Report of the Hyderabad Chloroform Commission
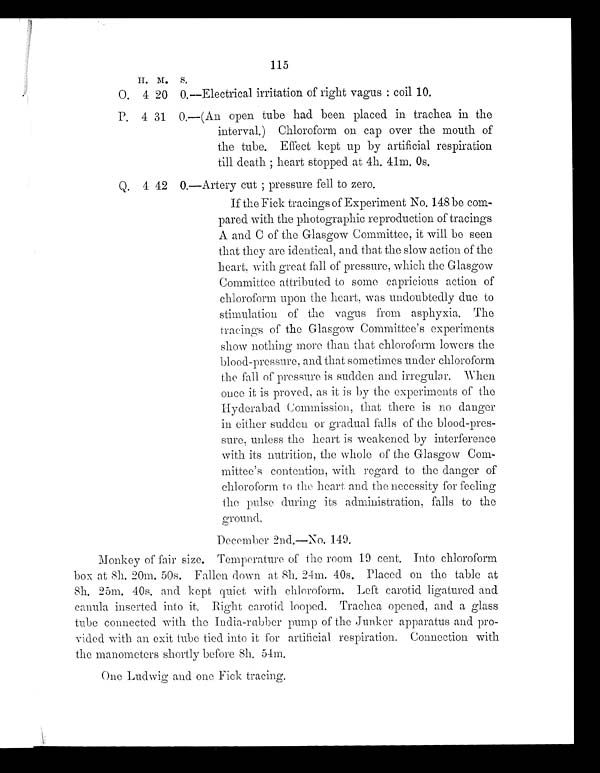
115
H. M. S.
O. 4 20 0.—Electrical irritation of right vagus : coil 10.
P. 4 31 0.—(An open tube had been placed in trachea in the
interval.) Chloroform on cap over the mouth of
the tube. Effect kept up by artificial respiration
till death ; heart stopped at 4h. 41m. 0s.
Q. 4 42 0.—Artery cut ; pressure fell to zero.
If the Fick tracings of Experiment No. 148 be com-
pared with the photographic reproduction of tracings
A and C of the Glasgow Committee, it will be seen
that they are identical, and that the slow action of the
heart, with great fall of pressure, which the Glasgow
Committee attributed to some capricious action of
chloroform upon the heart, was undoubtedly due to
stimulation of the vagus from asphyxia. The
tracings of the Glasgow Committee's experiments
show nothing more than that chloroform lowers the
blood-pressure, and that sometimes under chloroform
the fall of pressure is sudden and irregular. When
once it is proved, as it is by the experiments of the
Hyderabad Commission, that there is no danger
in either sudden or gradual falls of the blood-pres-
sure, unless the heart is weakened by interference
with its nutrition, the whole of the Glasgow Com-
mittee's contention, with regard to the danger of
chloroform to the heart and the necessity for feeling
the pulse during its administration, falls to the
ground.
December 2nd.—No. 149.
Monkey of fair size. Temperature of the room 19 cent. Into chloroform
box at 8h. 20m, 50s. Fallen down at 8h. 24m. 40s. Placed on the table at
8 h . 2 5 m . 4 0 s . a n d k e p t q u i e t w i t h c h l o r o f o r m . L e f t c a r o t i d l i g a t u r e d a n d
canula inserted into it. Right carotid looped. Trachea opened, and a glass
tube connected with the India-rubber pump of the Junker apparatus and pro
- v i d e d w i t h a n e x i t t u b e t i e d i n t o i t f o r a r t i f i c i a l r e s p i r a t i o n . C o n n e c t i o n w i t h
the manometers shortly before 8h. 54m.
One Ludwig and one Fick tracing.